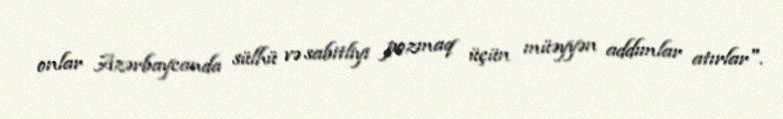
onlar Azərbaycanda sülhü və sabitliyi pozmaq üçün müəyyən addımlar atırlar".